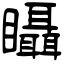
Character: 𥍉